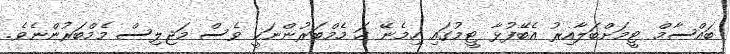
ބައްސާމް ޓީމަށްބަލާއިރު އެބޭފުޅާ ޓީމުގައި ހިމެނޭ ހަ މެމްބަރުންނަކީ ވެސް މަޖިލިސް މެމްބަރުންނެވެ.